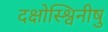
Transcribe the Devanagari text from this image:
दक्षोस्श्विनीषु